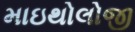
માઇથોલોજી